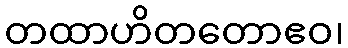
တထာဟိတတောဧဝ၊